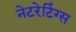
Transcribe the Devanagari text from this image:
नेटरेटिंग्स